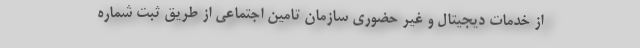
از خدمات دیجیتال و غیر حضوری سازمان تامین اجتماعی از طریق ثبت شماره